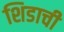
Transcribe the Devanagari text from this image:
शिडाची